Punjab Mental Hospital Lahore 1922-31 - 1922-1931
Year: 1922
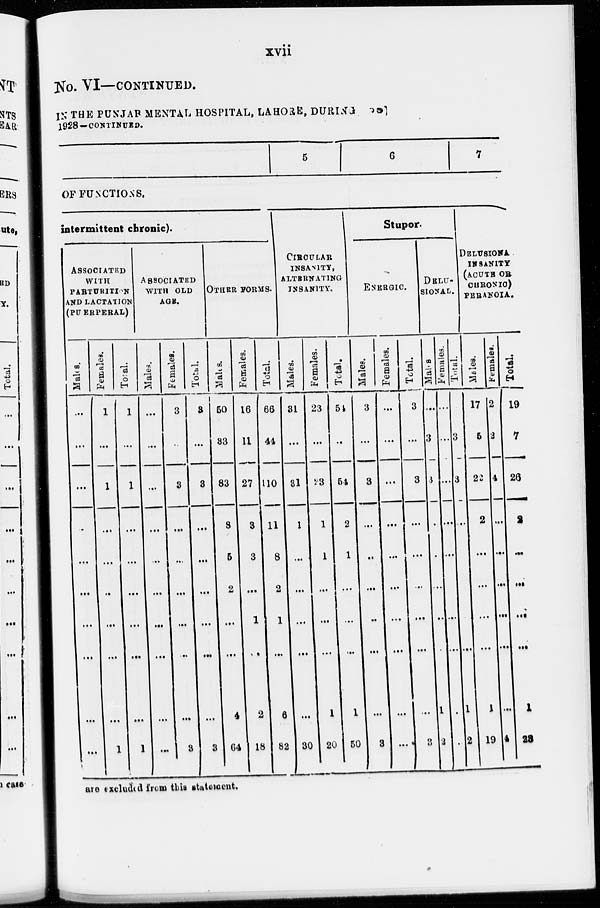
xvii
No. VI—CONTINUED.
IN THE PUNJAB MENTAL HOSPITAL, LAHORE, DURING YEAR
1928—CONTINUED.
5
6
7
OF FUNCTIONS.
intermittent chronic).
ASSOCIATED
WITH
PARTURITION
AND LACTATION
(PU ERPERAL)
Males.
...
...
...
..
...
...
...
...
...
...
Females.
1
...
1
...
...
..
...
...
...
1
Total.
1
...
1
...
...
...
...
...
...
1
ASSOCIATED
WITH OLD
AGE.
Males.
...
...
...
...
...
...
...
...
...
...
Females.
3
..
3
...
...
...
...
...
...
3
Total.
3
...
3
...
...
...
...
...
...
3
OTHER FORMS.
Males.
50
33
83
8
5
2
...
...
4
64
Females.
16
11
27
3
3
...
1
..
2
18
Total.
66
44
110
11
8
2
1
...
6
82
CIRCULAR
INSANITY,
ALTERNATING
INSANITY.
Males.
31
...
31
1
...
...
...
...
...
30
Females.
23
...
23
1
1
...
...
...
1
20
Total.
54
..
54
2
1
...
...
...
1
50
Stupor.
ENERGIC.
Males.
3
...
3
...
..
...
..
...
...
3
Females.
...
...
...
...
...
...
...
...
...
...
Total.
3
...
3
...
...
...
...
...
...
.
DELU-
-------
Males
...
3
3
.
.
...
..
.
1
3
Females.
...
...
...
...
...
...
..
...
...
.
Total.
...
3
3
...
...
...
.
...
1
2
DELUSIONA
INSANITY
(ACUTE OR
CHRONIO)
PERANOIA.
Males.
17
5
22
2
...
...
...
...
1
19
Females.
2
2
4
...
...
...
...
...
...
4
Total.
19
7
26
2
...
...
...
...
1
23
are excluded from this statement.